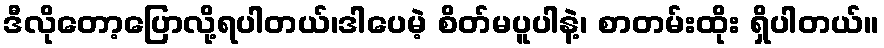
ဒီလိုတော့ပြောလို့ရပါတယ်၊ဒါပေမဲ့ စိတ်မပူပါနဲ့၊ စာတမ်းထိုး ရှိပါတယ်။